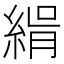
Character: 𦂝